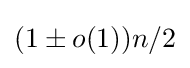
(1\pm o(1))n/2